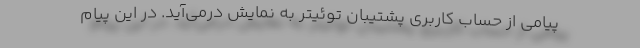
پیامی از حساب کاربری پشتیبان توئیتر به نمایش درمی‌آید. در این پیام